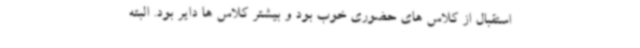
استقبال از کلاس های حضوری خوب بود و بیشتر کلاس ها دایر بود. البته